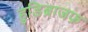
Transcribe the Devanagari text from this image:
हुडिब्राजफ़